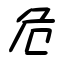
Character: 危